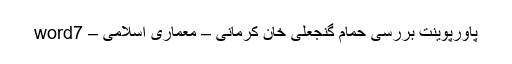
پاورپوینت بررسی حمام گنجعلی خان کرمانی – معماری اسلامی – word7